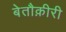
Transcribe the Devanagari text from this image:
बेतौक़ीरी